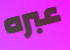
عبره